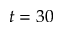
t = 3 0